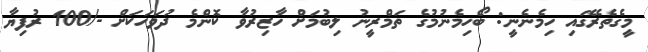
މީގެތެރޭގައި ހިމެނެނީ: ބޯހިމެނުމުގެ ތަމްރީނު ލިބުމަށް ހާޒިރުވާ ކޮންމެ ދުވަހަކަށް -/100 ރުފިޔާ